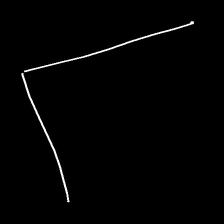
Glyph: region